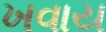
ખવાય